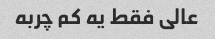
عالی فقط یه کم چربه